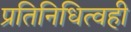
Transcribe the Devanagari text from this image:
प्रतिनिधित्वही